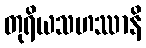
တုရိယသဟဿာနိ